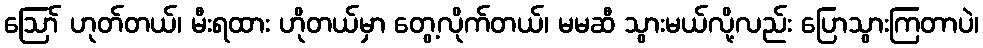
ဪ ဟုတ်တယ်၊ မီးရထား ဟိုတယ်မှာ တွေ့လိုက်တယ်၊ မမဆီ သွားမယ်လို့လည်း ပြောသွားကြတာပဲ၊